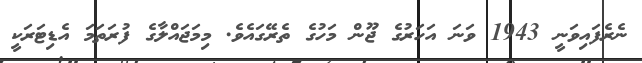
ނެރެފައިވަނީ 1943 ވަނަ އަހަރުގެ ޖޫން މަހުގެ ތެރޭގައެވެ. މިމަޖައްލާގެ ފުރަތަމަ އެޑިޓަރަކީ